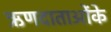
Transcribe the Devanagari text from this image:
ऋणदाताओंके